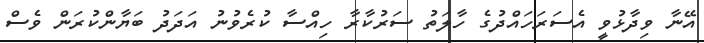
އޭނާ ވިދާޅުވީ އެސަރަހައްދުގެ ހާލަތު ސަރުކާރާ ހިއްސާ ކުރެވުނު އަދަދު ބަޔާންކުރަން ވެސް